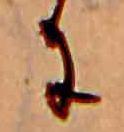
に